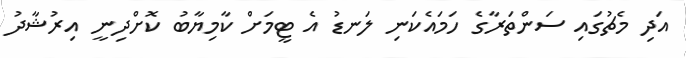
އަދި މެޗުގައި ސަންތަރާގެ ހަމައެކަނި ލަނޑު އެ ޓީމަށް ކާމިޔާބު ކޮށްދިނީ އިރުޝާދު